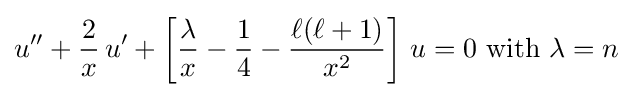
u''+{\frac {2}{x}}\,u'+\left[{\frac {\lambda }{x}}-{\frac {1}{4}}-{\frac {\ell (\ell +1)}{x^{2}}}\right]\,u=0{\text{ with }}\lambda =n